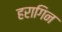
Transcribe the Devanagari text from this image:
हरागिन